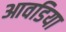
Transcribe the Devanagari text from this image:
आवडिया